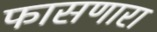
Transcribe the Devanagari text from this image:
फासणारा